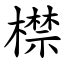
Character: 㯲